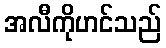
အလီကိုဟင်သည်